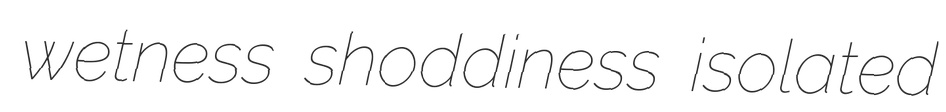
wetness shoddiness isolated